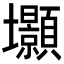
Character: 𭐐